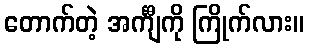
တောက်တဲ့ အင်္ကျီကို ကြိုက်လား။